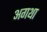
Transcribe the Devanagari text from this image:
अगथा